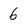
Character: 6